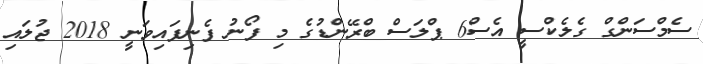
ސެމްސަންގް ގެލެކްސީ އެސް6 ޕްލަސް ބްރޭންޑުގެ މި ފޯނު ފެނިފައިވަނީ 2018 ޖުލައި